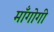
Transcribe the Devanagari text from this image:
माँगोगी